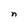
Character: n